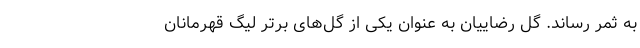
به ثمر رساند. گل رضاییان به عنوان یکی از گل‌های برتر لیگ قهرمانان